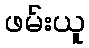
ဖမ်းယူ